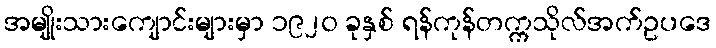
အမျိုးသားကျောင်းများမှာ ၁၉၂၀ ခုနှစ် ရန်ကုန်တက္ကသိုလ်အက်ဥပဒေ